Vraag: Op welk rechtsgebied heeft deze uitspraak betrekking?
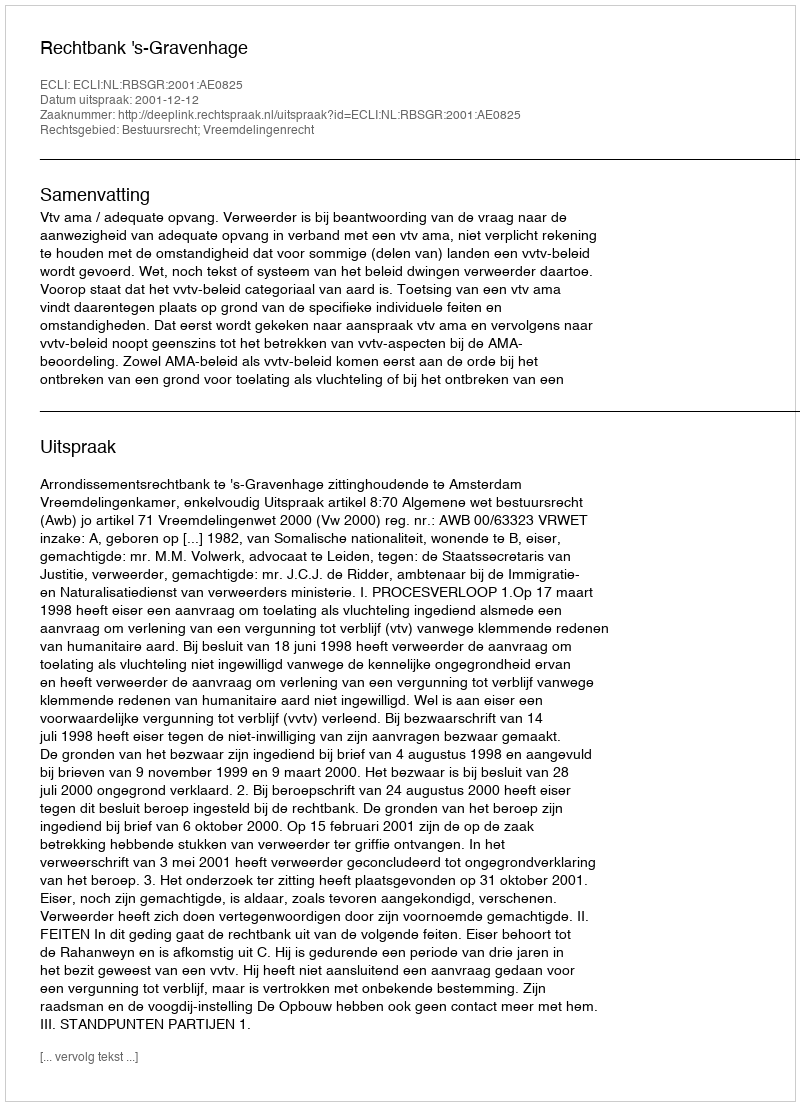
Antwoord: Bestuursrecht; Vreemdelingenrecht